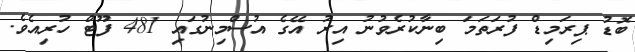
ބޮޑު ޕިރަމިޑް ފުރަތަމަ ބިނާކުރެވުނު އިރު އޭގެ އުސްމިނުގައި 481 ފޫޓް ހުރިއެވެ.